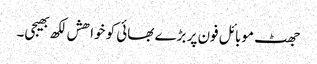
جھٹ موبائل فون پر بڑے بھائی کو خواھش لکھ بھیجی۔